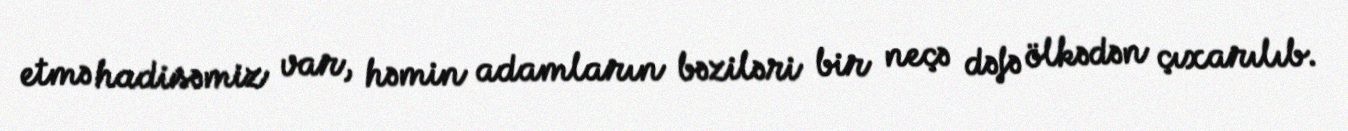
etmə hadisəmiz var, həmin adamların bəziləri bir neçə dəfə ölkədən çıxarılıb.